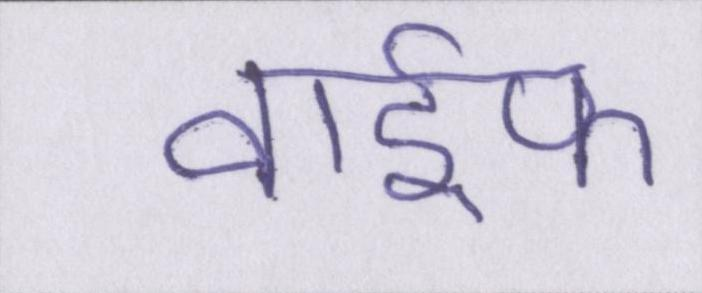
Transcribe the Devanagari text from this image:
वाईफ